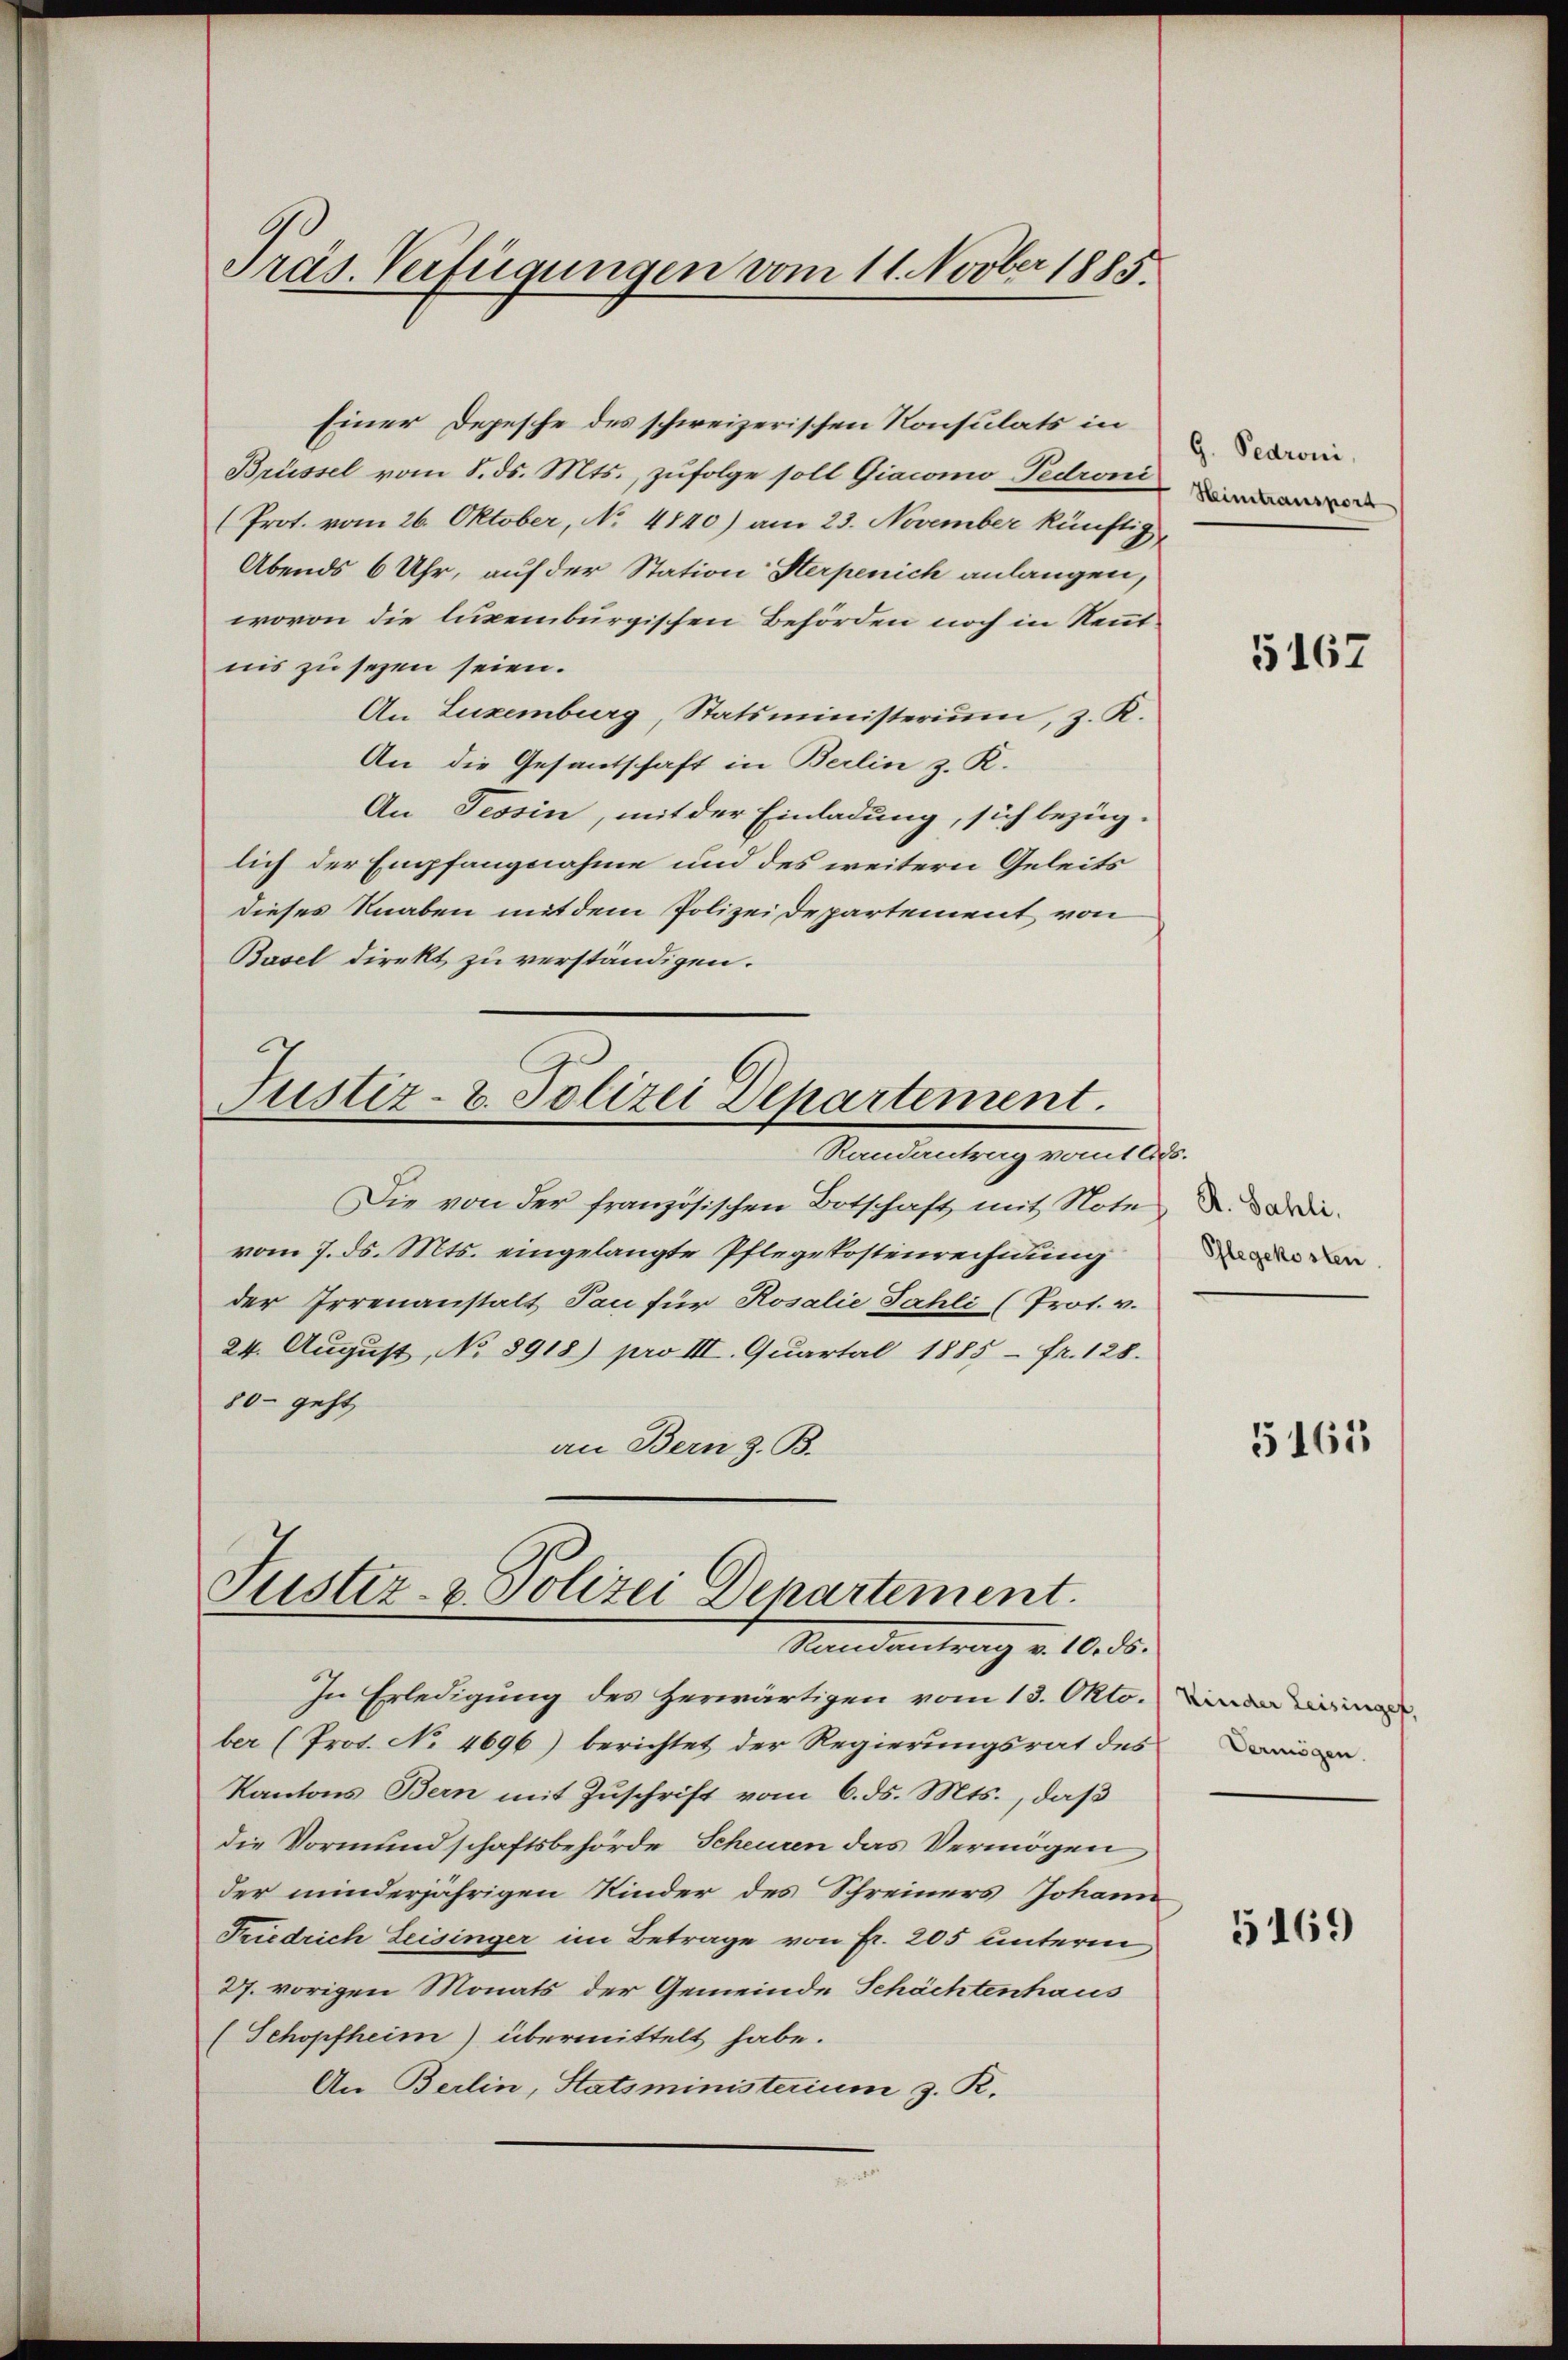
Präs. Verfügungen vom 11. Novber 1885.

Einer Depesche des schweizerischen Konsulats in
Brüssel vom 8. ds. Mts., zufolge soll Giacomo-Pedroni
(Prot. vom 26. Oktober, No 4840) am 23. November künftig,
Abends 6 Uhr, auf der Station Sterpenich anlangen,
wovon die luxenburgischen Behörden noch in Rentnis zu sezen seien.
An Luxemburg, Statsministerium, z. R.
An die Gesantschaft in Berlin z. R.
An Tessin, mit der Einladung, sich bezüg-
lich der Empfangnahme und des weitern Geleits
dieses Knaben mit dem Polizei departement von
Basel direkt zu verständigen.
Justiz- & Polizei Departement.
Randantrag vom Ads.
Die von der französischen Botschaft mit Note
vom 7. ds. Mts. eingelangte Pflegekostenrechnung
der Irrenanstalt dan für Rosalie Fahli (Prot. v.
24. August, No 8918) pro III. Quartal 1885 - fr. 128.
80 geht,
an Bern z. B.

Justiz- & Polizei Departement.
Randantrag v. 10. ds.

ber (Prot. No 4696) berichtet der Regierungsrat des
Kantons Bern mit Zuschrift vom 6. ds. Mts., daß
die Vormundschaftsbehörde Scheuren das Vermögen
der minderjährigen Kinder des Schreiners Johann
Friedrich Leisinger im Betrage von Fr. 205 unterm
27. vorigen Monats der Gemeinde Schächtenhaus
(Schopfheim) übermittelt habe.
An Berlin, Statsministerium z. R.

In Erledigung des Herwärtigen vom 13. Okto

G. Pedroni,
Heimtransport

5167

R. Sahli.
Pflegekosten

5165

Vermögen.

5169